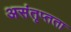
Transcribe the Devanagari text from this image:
असंतृप्तता